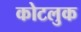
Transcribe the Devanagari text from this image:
कोटलुक